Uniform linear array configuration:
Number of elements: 16
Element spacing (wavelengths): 0.25
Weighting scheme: kaiser
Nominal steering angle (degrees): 60
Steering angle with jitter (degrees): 61.385
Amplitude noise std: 0.05
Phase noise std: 0.05

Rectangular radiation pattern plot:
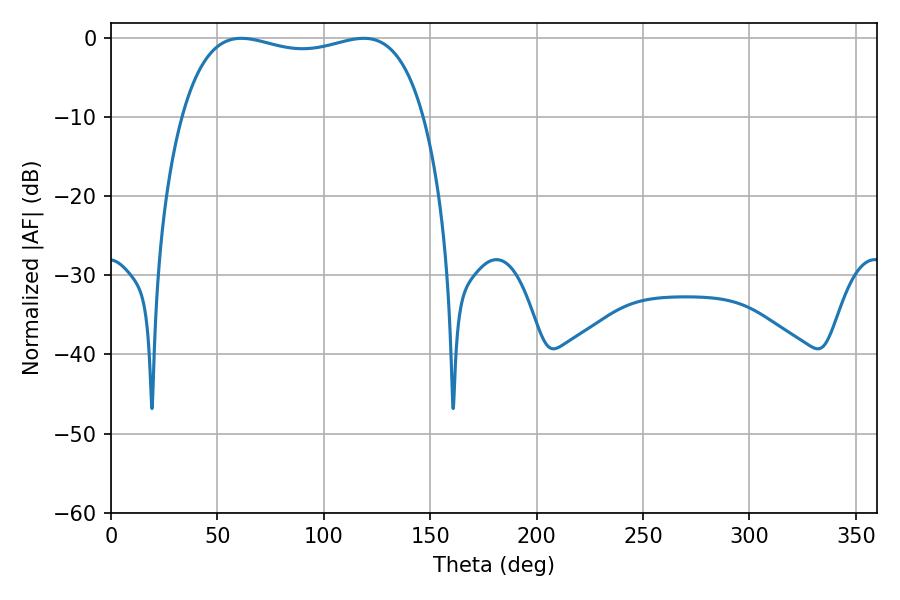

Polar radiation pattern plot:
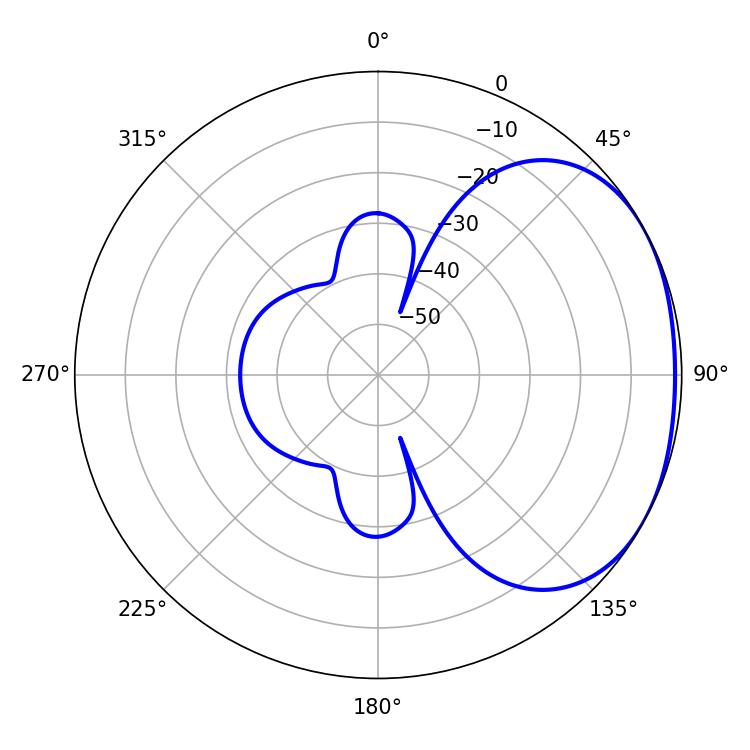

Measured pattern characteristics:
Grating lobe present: FALSE
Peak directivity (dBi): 1.882
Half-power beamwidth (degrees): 92.52
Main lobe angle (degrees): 61.2